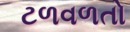
ટળવળતો